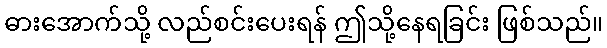
ဓားအောက်သို့ လည်စင်းပေးရန် ဤသို့နေရခြင်း ဖြစ်သည်။